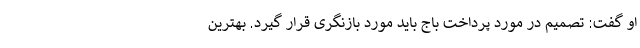
او گفت: تصمیم در مورد پرداخت باج باید مورد بازنگری قرار گیرد. بهترین